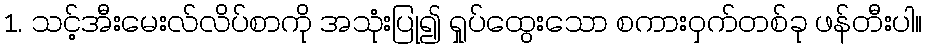
1. သင့်အီးမေးလ်လိပ်စာကို အသုံးပြု၍ ရှုပ်ထွေးသော စကားဝှက်တစ်ခု ဖန်တီးပါ။